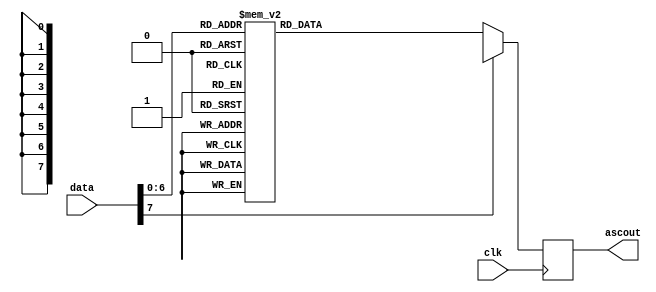
module ps2_decoder(
	input [7:0] data,
	input clk,
	output reg [7:0] ascout);
	always@(posedge clk)begin
		case(data)
			8'b00001110:ascout=8'b01100000; // ` in ascii
			8'b00010110:ascout=8'b00110001; // 1 in ascii
			8'b00011110:ascout=8'b00110010; // 2 in ascii
			8'b00100110:ascout=8'b00110011; // 3
			8'b00100101:ascout=8'b00110100; //4
			8'b00101110:ascout=8'b00110101; //5
			8'b00110110:ascout=8'b00110110; //6
			8'b00111101:ascout=8'b00110111; //7
			8'b00111110:ascout=8'b00111000; //8
			8'b01000110:ascout=8'b00111001; //9
			8'b01000101:ascout=8'b00110000; //0
			8'b01001110:ascout=8'b00101101; //-
			8'b01010101:ascout=8'b00111101; //=
			8'b01011101:ascout=8'b01011100; // 5D 
			8'b01100110:ascout=8'b00001000; // back
			8'b00001101:ascout=8'b00001001; //tab
			8'b00010101:ascout=8'b01110001; //q
			8'b00011101:ascout=8'b01110111;	//w
			8'b00100100:ascout=8'b01100101;	//e
			8'b00101101:ascout=8'b01110010;	//r
			8'b00101100:ascout=8'b01110100;	//t
			8'b00110101:ascout=8'b01111001;	//y
			8'b00111100:ascout=8'b01110101;	//u
			8'b01000011:ascout=8'b01101001;	//i
			8'b01000100:ascout=8'b01101111;	//o
			8'b01001101:ascout=8'b01110000;	//p
			8'b01010100:ascout=8'b01011011;	//[
			8'b01011011:ascout=8'b01011101;	//]
			8'b01011000:ascout=8'b00001111;	//CAPs
			8'b00011100:ascout=8'b01100001;	//a
			8'b00011011:ascout=8'b01110011;	//s
			8'b00100011:ascout=8'b01100100;	//d
			8'b00101011:ascout=8'b01100110;	//f
			8'b00110100:ascout=8'b01100111;	//g
			8'b00110011:ascout=8'b01101000;	//h
			8'b00111011:ascout=8'b01101010;	//j
			8'b01000010:ascout=8'b01101011;	//k
			8'b01001011:ascout=8'b01101100;	//l
			8'b01001100:ascout=8'b00111011;	//;
			8'b01010010:ascout=8'b00100111;	//'
			8'b01011010:ascout=8'b00001101;	//enter
			8'b00010010:ascout=8'b00001111;	//shift
			8'b00011010:ascout=8'b01111010;	//z
			8'b00100010:ascout=8'b01111000;	//x
			8'b00100001:ascout=8'b01100011;	//c
			8'b00101010:ascout=8'b01110110;	//v
			8'b00110010:ascout=8'b01100010;	//b
			8'b00110001:ascout=8'b01101110;	//n
			8'b00111010:ascout=8'b01101101;	//m
			8'b01000001:ascout=8'b00101100;	//,
			8'b01001001:ascout=8'b00101110;	//.
			8'b01001010:ascout=8'b00101111;	// /
			8'b00010100:ascout=8'b00010001;	//ctrl
			8'b00101001:ascout=8'b00100000;	//space
			default:ascout=8'bxxxxxxxx;
		endcase
	end
endmodule